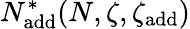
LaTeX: N_{\mathrm{add}}^{*}(N,\zeta,\zeta_{\mathrm{add}})